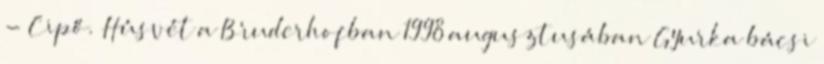
- Cipő. Húsvét a Bruderhofban 1998 augusztusában Gyurka bácsi